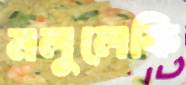
মলুলেকি